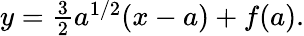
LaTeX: y=\textstyle{\frac{3}{2}}{a^{1/2}}(x-a)+f(a).